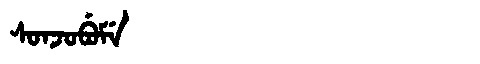
Manchu: ᠰᠣᠨᠵᠣᠪᡠᠮᡝ
Romanization: SONJOBUME